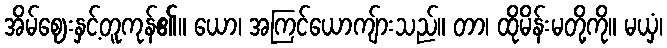
အိမ်ဈေးနှင့်တူကုန်၏။ ယော၊ အကြင်ယောကျ်ားသည်။ တာ၊ ထိုမိန်းမတို့ကို။ မယှံ၊